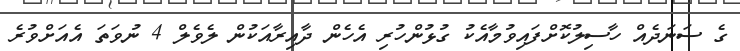
ގެ ސަނަދެއް ހާސިލުކޮށްފައިވުމާއެކު ގުޅުންހުރި އެހެން ދާއިރާއަކުން ލެވެލް 4 ނުވަތަ އެއަށްވުރެ